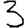
Digit: 3